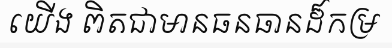
យើង ពិតជាមានធនធានដ៏កម្រ